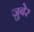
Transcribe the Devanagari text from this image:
ज़ुबेर